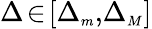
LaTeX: \Delta\! \in\! [\Delta_{{\scriptscriptstyle m}},\! \Delta_{{\scriptscriptstyle M}}]